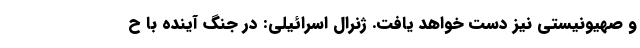
و صهیونیستی نیز دست خواهد یافت. ژنرال اسرائیلی: در جنگ آینده با ح